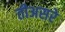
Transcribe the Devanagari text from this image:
तीअसरे